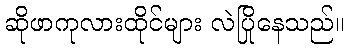
ဆိုဖာကုလားထိုင်များ လဲပြိုနေသည်။